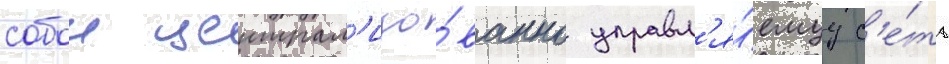
собои централ'изо́ванно управл'я́емуу с'е́ть